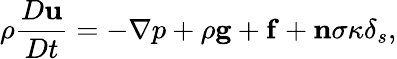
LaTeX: \rho\frac{D\mathbf{u}}{Dt}=-\nabla p+\rho\mathbf{g}+\mathbf{f}+\mathbf{n}\sigma\kappa\delta_{s},